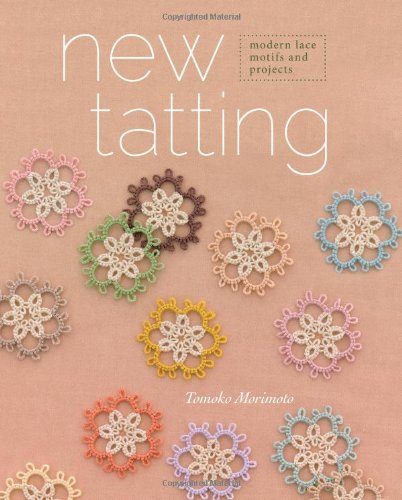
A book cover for New Tatting: Modern Lace Motifs and Projects; Tomoko Morimoto; Crafts, Hobbies & Home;